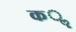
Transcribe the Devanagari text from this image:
कॣ